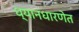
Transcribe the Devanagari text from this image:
ध्यानधारणेत